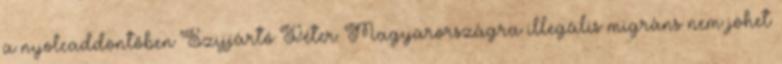
a nyolcaddöntőben Szijjártó Péter: Magyarországra illegális migráns nem jöhet